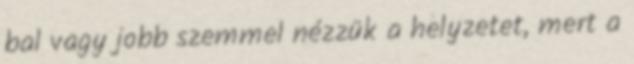
bal vagy jobb szemmel nézzük a helyzetet, mert a